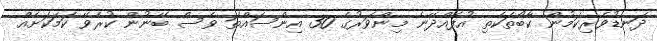
ދަނޑުވެރިކަމުން ކާބޯތަކެތި އުފެއްދޭނެ މިންވަރުގެ 30 އިންސައްތަ ވެސް ބޭނުން ކުރެވޭ ކަމަކަށެއް